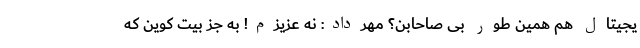
یجیتال هم همین طور بی صاحابن؟ مهرداد: نه عزیزم! به جز بیت کوین که